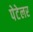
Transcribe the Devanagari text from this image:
पेटेलर